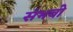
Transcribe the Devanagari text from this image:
संभवो